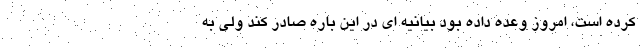
کرده است، امروز وعده داده بود بیانیه ای در این باره صادر کند ولی به